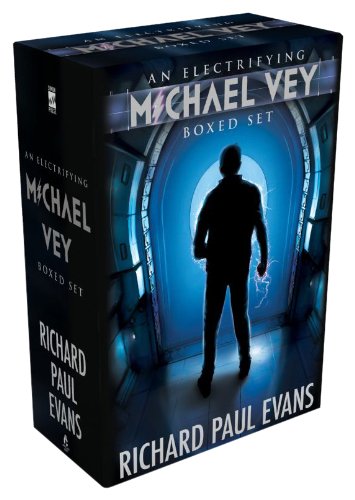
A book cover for An Electrifying Michael Vey Boxed Set: Michael Vey; Michael Vey 2; Michael Vey 3; Richard Paul Evans; Teen & Young Adult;